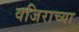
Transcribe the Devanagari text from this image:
वजिराच्या